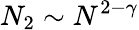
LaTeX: N_{2}\sim N^{2-\gamma}